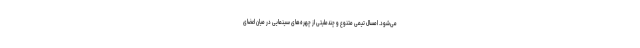
می‌شود. امسال تیمی متنوع و چندملیتی از چهره‌های سینمایی در میان اعضای